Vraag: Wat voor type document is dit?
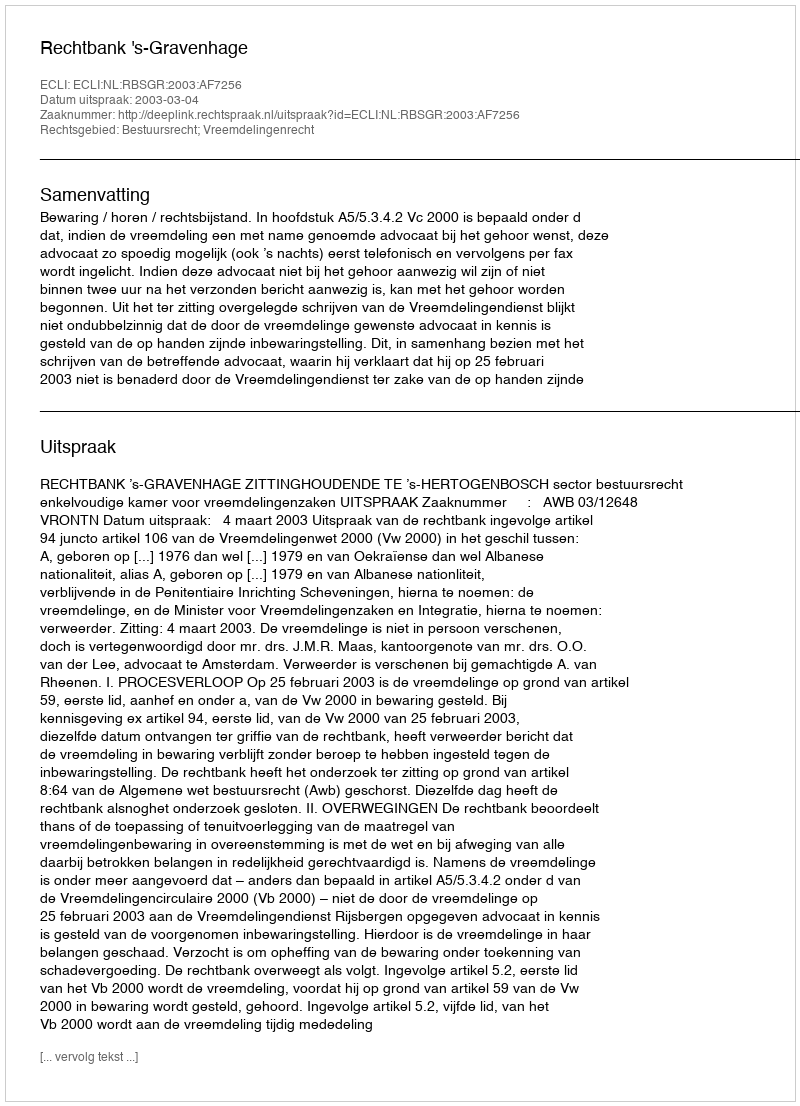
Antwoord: Uitspraak